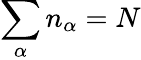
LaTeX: \sum_{\alpha}n_{\alpha}=N